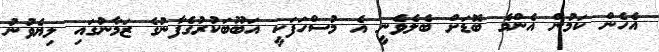
އެހެން ކަމުން އެންމެ ބޮޑަށް ބެލެވެނީ އެ މުސްހަފަކީ އަބޫބަކުރުގެފާނުގެ ޒަމާނުގައި ލިޔެވުނު